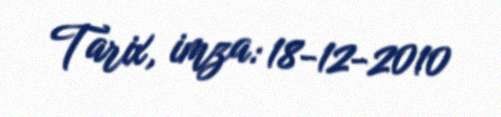
Tarix, imza: 18-12-2010